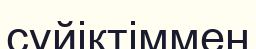
сүйіктіммен